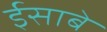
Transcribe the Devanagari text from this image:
ईसाबे